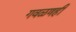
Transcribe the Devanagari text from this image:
गवळणही